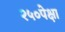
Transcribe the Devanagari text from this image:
२५०पेक्षा